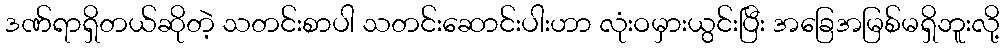
ဒဏ်ရာရှိတယ်ဆိုတဲ့ သတင်းစာပါ သတင်းဆောင်းပါးဟာ လုံးဝမှားယွင်းပြီး အခြေအမြစ်မရှိဘူးလို့